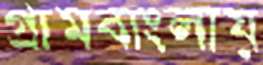
গ্রামবাংলায়